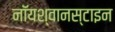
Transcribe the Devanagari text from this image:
नॉयश्वानस्टाइन